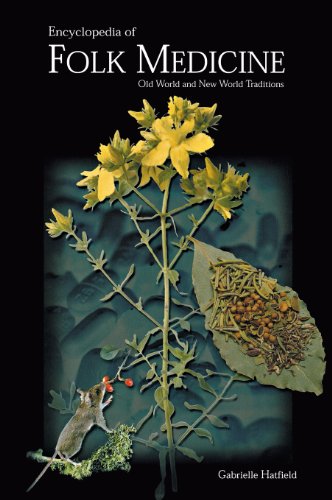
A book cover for Encyclopedia of Folk Medicine: Old World and New World Traditions; Gabrielle Hatfield; Health, Fitness & Dieting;